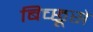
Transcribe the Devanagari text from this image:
बिच्छूसे